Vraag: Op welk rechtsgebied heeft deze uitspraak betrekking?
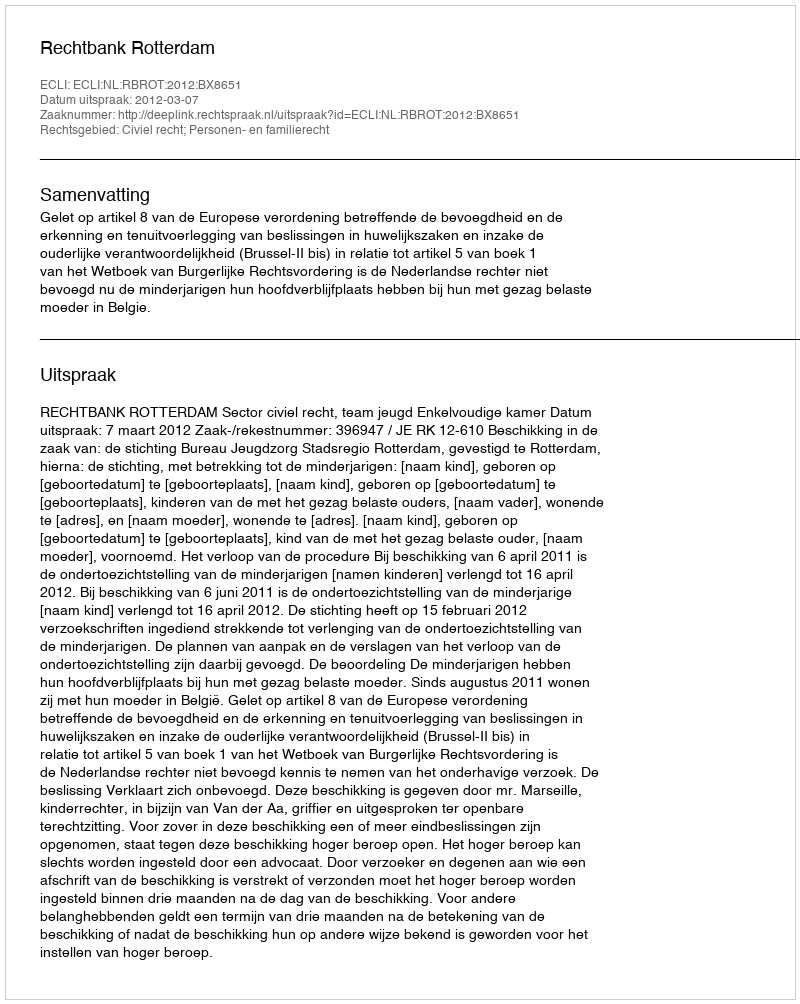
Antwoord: Civiel recht; Personen- en familierecht